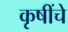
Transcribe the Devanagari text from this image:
कृषींचे